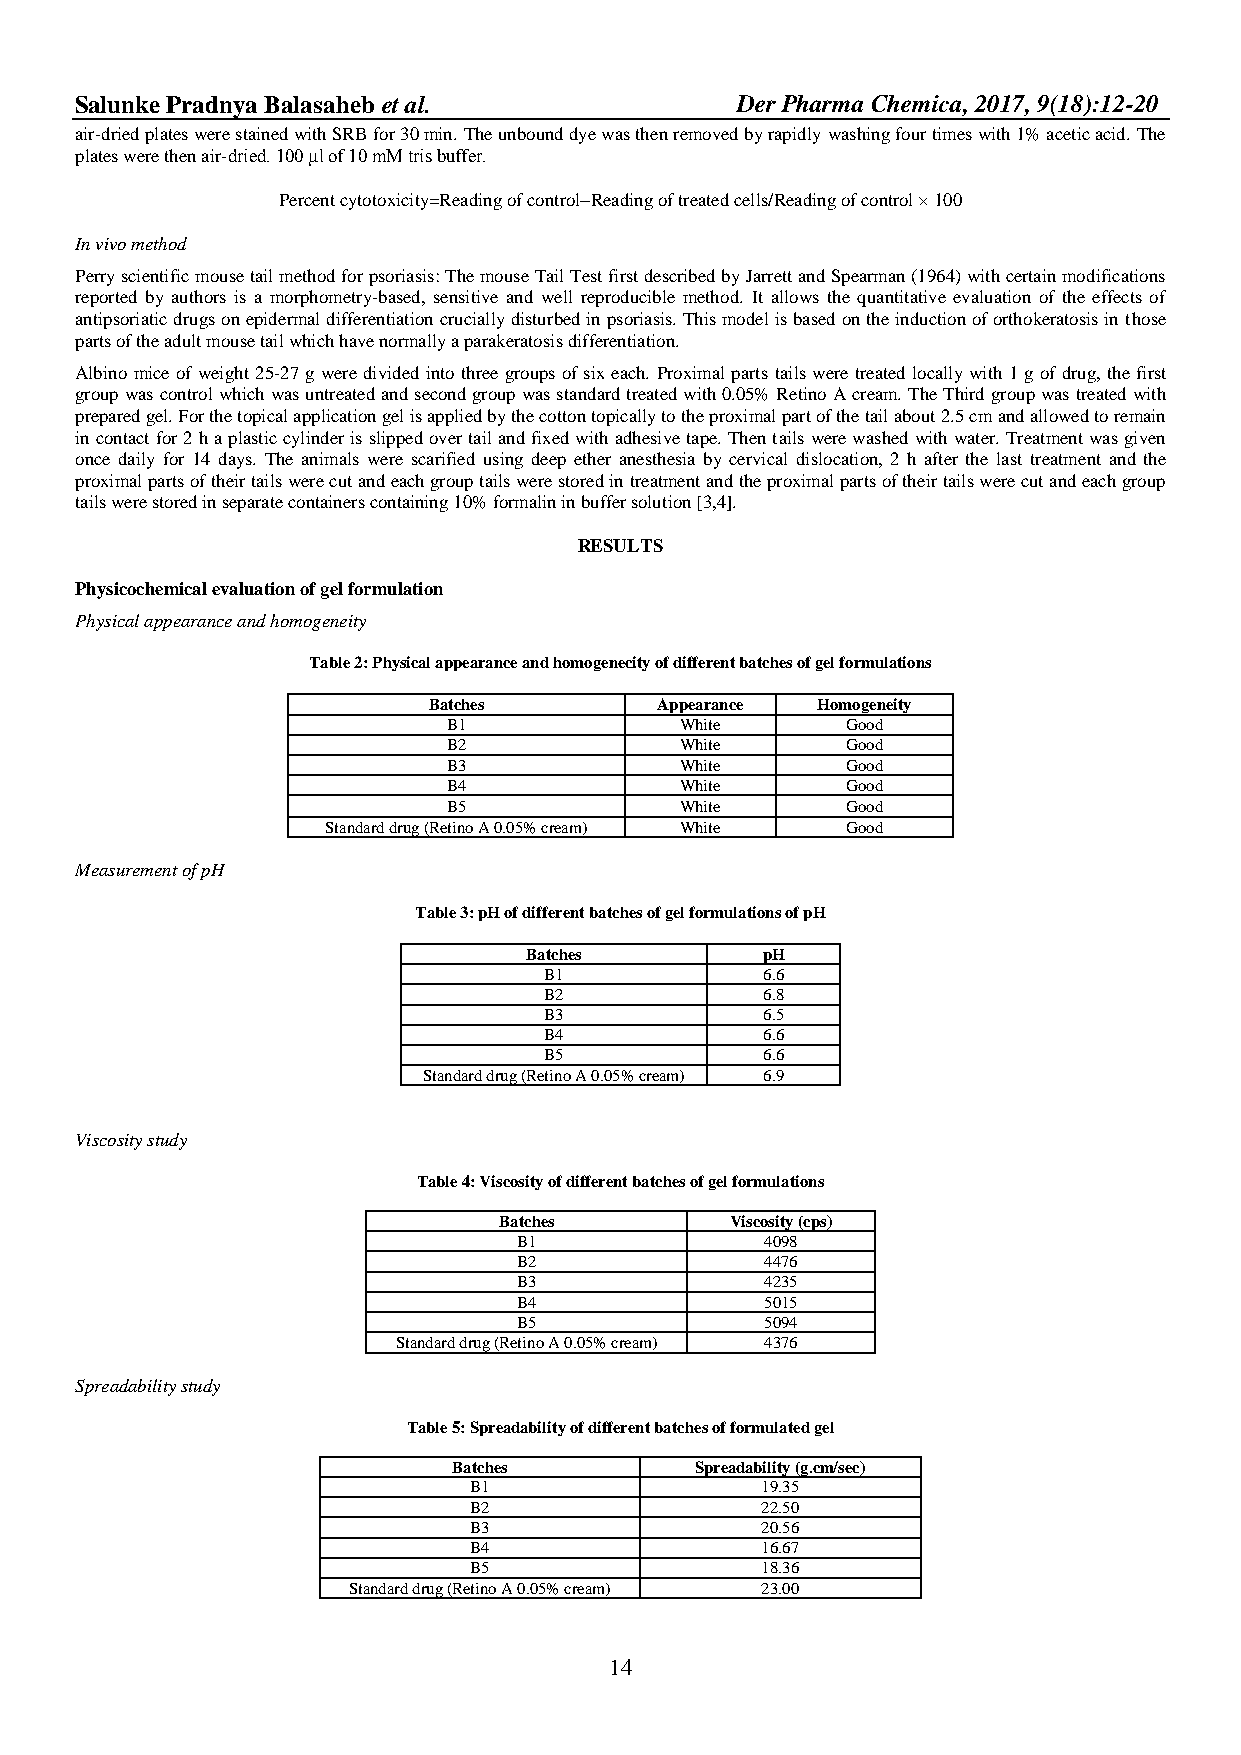
Salun ke Pradnya Balasaheb et al.           Der Pharma Chemica, 2017, 9(18):12-20
 air-dried plates were stained with SRB for 30 min. The unbound dye was then removed by rapidly washing four times with 1% acetic acid. The
 plates were then air-dried. 100 μl of 10 mM tris buffer.
 Percent cytotoxicity=Reading of controlReading of treated cells/Reading of control × 100
 In vivo method
 Perry scientific mouse tail method for psoriasis: The mouse Tail Test first described by Jarrett and Spearman (1964) with certain modifications
 reported by authors is a morphometry-based, sensitive and well reproducible method. It allows the quantitative evaluation of the effects of
 antipsoriatic drugs on epidermal differentiation crucially disturbed in psoriasis. This model is based on the induction of orthokeratosis in those
 parts of the adult mouse tail which have normally a parakeratosis differentiation.
 Albino mice of weight 25-27 g were divided into three groups of six each. Proximal parts tails were treated locally with 1 g of drug, the first
 group was control which was untreated and second group was standard treated with 0.05% Retino A cream. The Third group was treated with
 prepared gel. For the topical application gel is applied by the cotton topically to the proximal part of the tail about 2.5 cm and allowed to remain
 in contact for 2 h a plastic cylinder is slipped over tail and fixed with adhesive tape. Then tails were washed with water. Treatment was given
 once daily for 14 days. The animals were scarified using deep ether anesthesia by cervical dislocation, 2 h after the last treatment and the
 proximal parts of their tails were cut and each group tails were stored in treatment and the proximal parts of their tails were cut and each group
 tails were stored in separate containers containing 10% formalin in buffer solution [3,4].
 RESULTS
 Physicochemical evaluation of gel formulation
 Physical appearance and homogeneity
 Table 2: Physical appearance and homogenecity of different batches of gel formulations
 Batches         Appearance Homogeneity
 B1             White      Good
 B2             White      Good
 B3             White      Good
 B4             White      Good
 B5             White      Good
 Standard drug (Retino A 0.05% cream) White Good
 Measurement of pH
 Table 3: pH of different batches of gel formulations of pH
 Batches        pH
 B1             6.6
 B2             6.8
 B3             6.5
 B4             6.6
 B5             6.6
 Standard drug (Retino A 0.05% cream) 6.9
 Viscosity study
 Table 4: Viscosity of different batches of gel formulations
 Batches        Viscosity (cps)
 B1               4098
 B2               4476
 B3               4235
 B4               5015
 B5               5094
 Standard drug (Retino A 0.05% cream) 4376
 Spreadability study
 Table 5: Spreadability of different batches of formulated gel
 Batches         Spreadability (g.cm/sec)
 B1                 19.35
 B2                 22.50
 B3                 20.56
 B4                 16.67
 B5                 18.36
 Standard drug (Retino A 0.05% cream) 23.00
 14